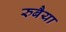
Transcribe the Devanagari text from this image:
रुबैया